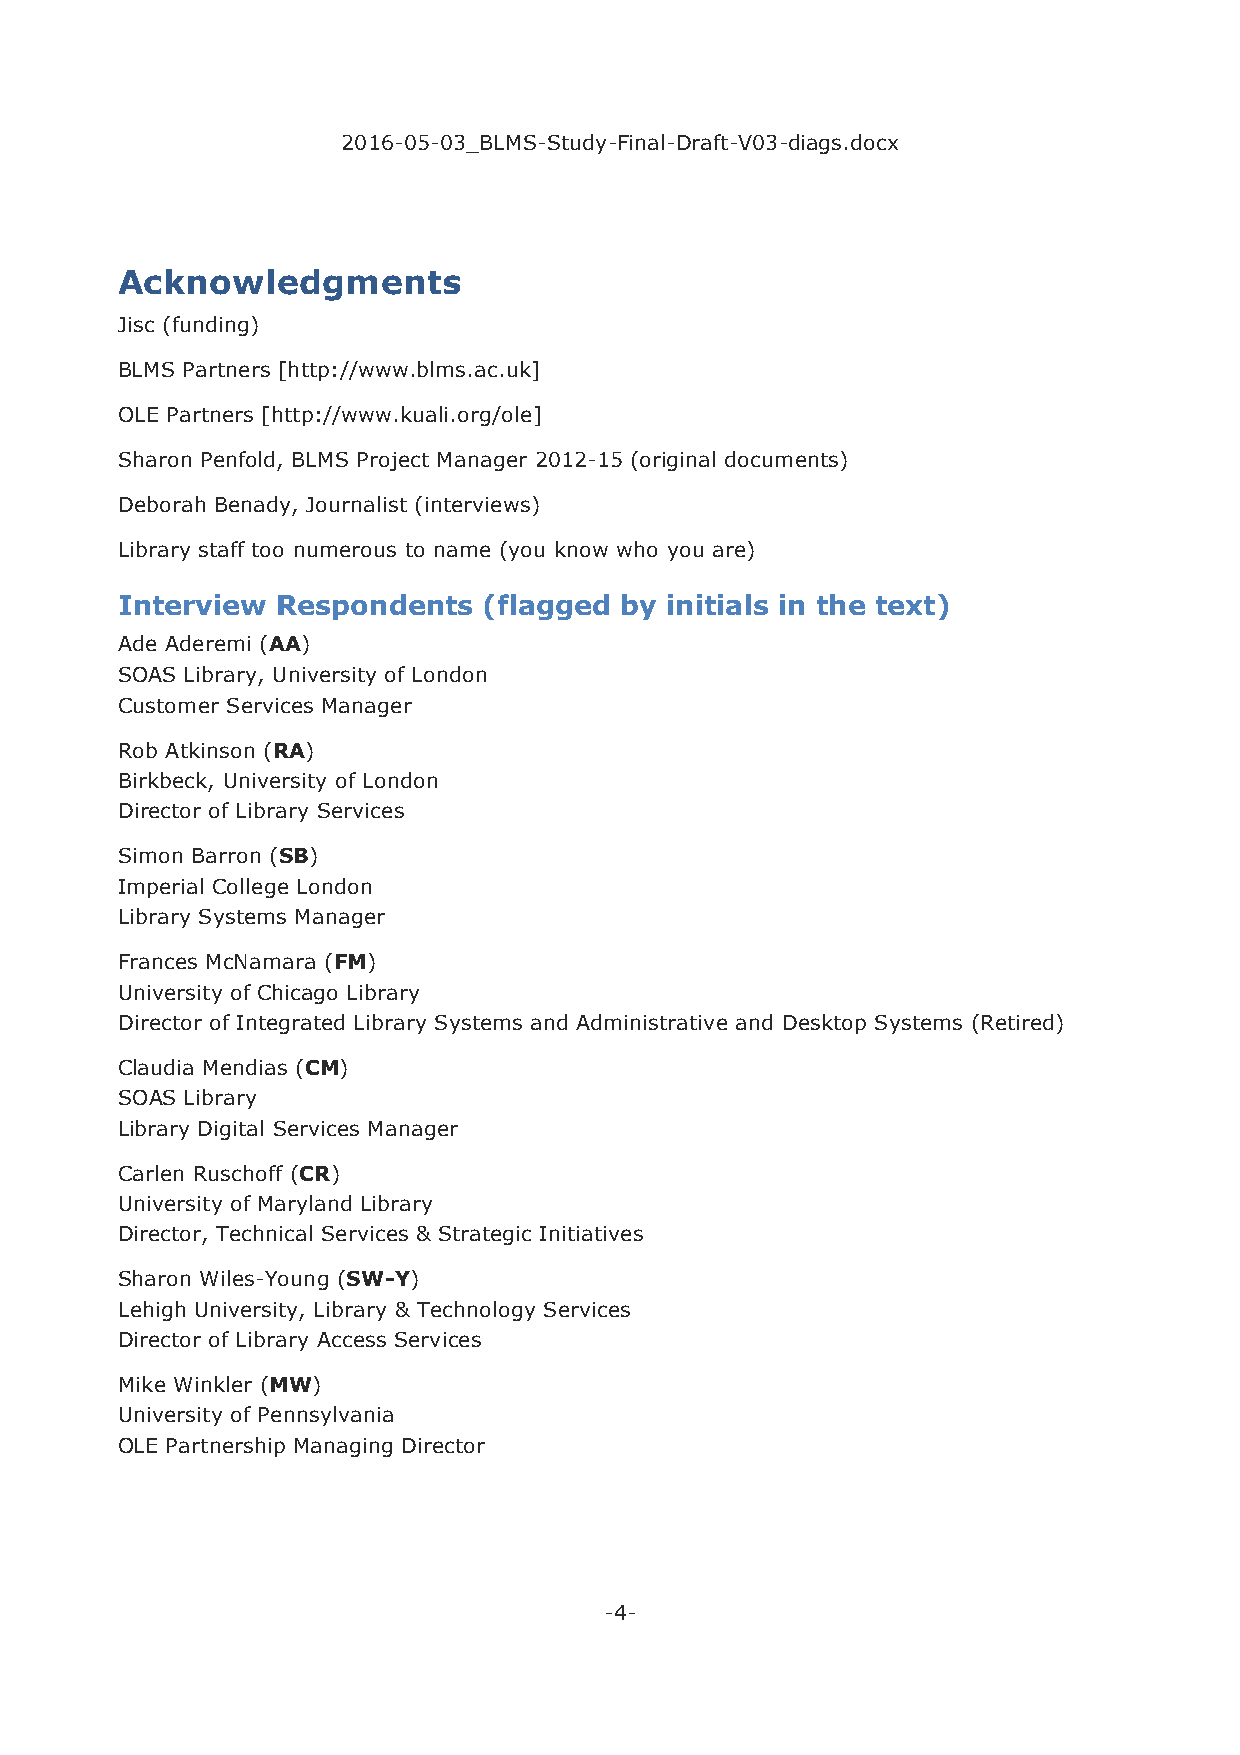
2016-05-03_BLMS-Study-Final-Draft-V03-diags.docx
 Acknowledgments
 Jisc (funding)
 BLMS Partners [http://www.blms.ac.uk]
 OLE Partners [http://www.kuali.org/ole]
 Sharon Penfold, BLMS Project Manager 2012-15 (original documents)
 Deborah Benady, Journalist (interviews)
 Library staff too numerous to name (you know who you are)
 Interview Respondents   (flagged by initials in the text)
 Ade Aderemi (AA)
 SOAS Library, University of London
 Customer Services Manager
 Rob Atkinson (RA)
 Birkbeck, University of London
 Director of Library Services
 Simon Barron (SB)
 Imperial College London
 Library Systems Manager
 Frances McNamara (FM)
 University of Chicago Library
 Director of Integrated Library Systems and Administrative and Desktop Systems (Retired)
 Claudia Mendias (CM)
 SOAS Library
 Library Digital Services Manager
 Carlen Ruschoff (CR)
 University of Maryland Library
 Director, Technical Services & Strategic Initiatives
 Sharon Wiles-Young (SW-Y)
 Lehigh University, Library & Technology Services
 Director of Library Access Services
 Mike Winkler (MW)
 University of Pennsylvania
 OLE Partnership Managing Director
 -4-